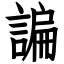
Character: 諞